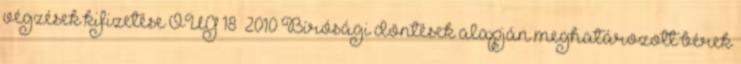
végzések kifizetése OUG 18 2010 Bírósági döntések alapján meghatározott bérek